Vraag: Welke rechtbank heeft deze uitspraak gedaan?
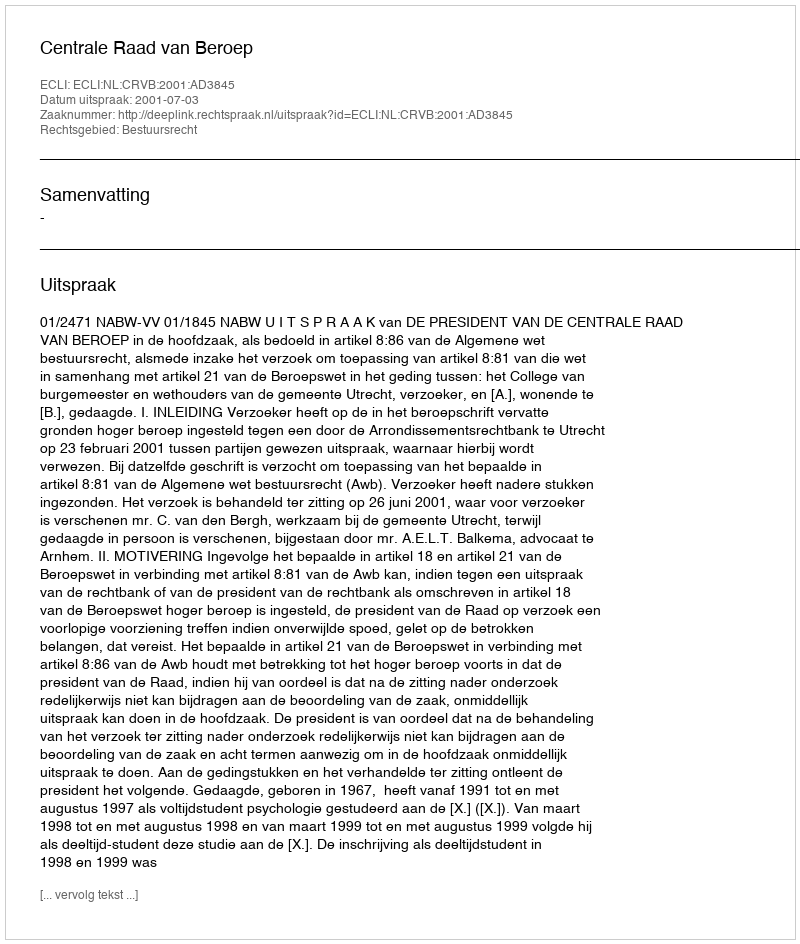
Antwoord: Centrale Raad van Beroep